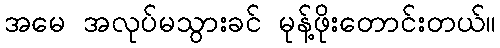
အမေ အလုပ်မသွားခင် မုန့်ဖိုးတောင်းတယ်။